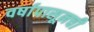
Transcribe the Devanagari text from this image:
वर्षापासूनची